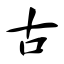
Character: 古